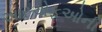
આરએફઓની